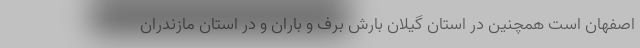
اصفهان است همچنین در استان گیلان بارش برف و باران و در استان مازندران